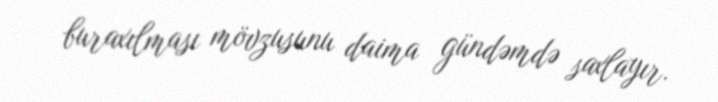
buraxılması mövzusunu daima gündəmdə saxlayır.